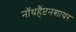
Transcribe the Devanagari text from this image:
नॉथहैंप्टनशायर